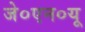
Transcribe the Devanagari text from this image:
जे०एन०यू